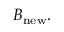
B _ { \mathrm { n e w } } .